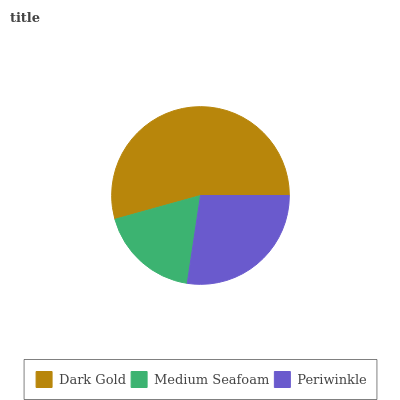
| Dark Gold | Medium Seafoam | Periwinkle |
 | --- | --- | --- |
 | 54.3% | 18.3% | 27.4% |